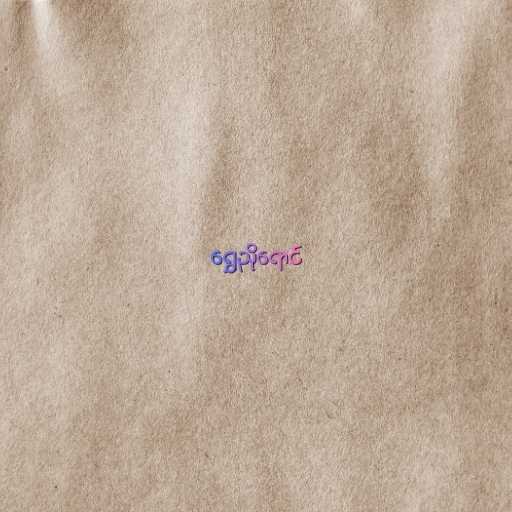
ရွှေညိုရောင်